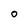
Character: 0